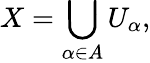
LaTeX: X=\bigcup_{\alpha\in A}U_{\alpha},